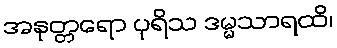
အနုတ္တရော ပုရိသ ဒမ္မသာရထိ၊